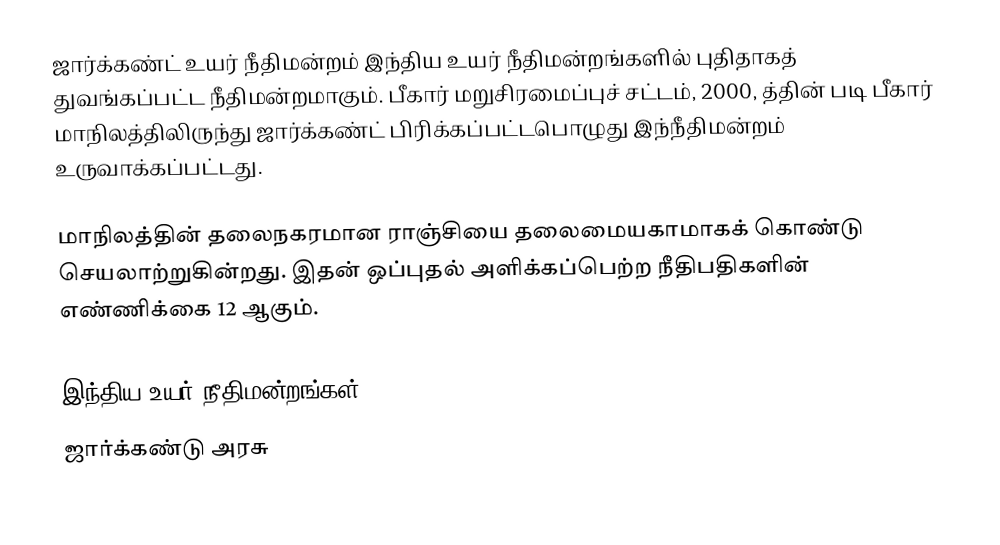
ஜார்க்கண்ட் உயர் நீதிமன்றம் இந்திய உயர் நீதிமன்றங்களில் புதிதாகத் துவங்கப்பட்ட நீதிமன்றமாகும். பீகார் மறுசிரமைப்புச் சட்டம், 2000, த்தின் படி பீகார் மாநிலத்திலிருந்து ஜார்க்கண்ட் பிரிக்கப்பட்டபொழுது இந்நீதிமன்றம் உருவாக்கப்பட்டது.

மாநிலத்தின் தலைநகரமான ராஞ்சியை தலைமையகாமாகக் கொண்டு செயலாற்றுகின்றது. இதன் ஒப்புதல் அளிக்கப்பெற்ற நீதிபதிகளின் எண்ணிக்கை 12 ஆகும்.

இந்திய உயர் நீதிமன்றங்கள்
ஜார்க்கண்டு அரசு